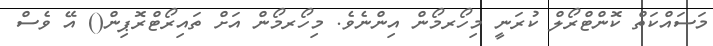
މަސައްކަތް ކޮންޓްރޯލް ކުރަނީ މިހޯރމޯން އިންނެވެ. މިހޯރމޯން އަށް ތައިރޯޓްރޮޕިން() އޭ ވެސް